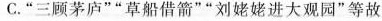
C.”三顾茅庐””草船借箭””刘姥姥进大观园”等故